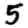
Digit: 5